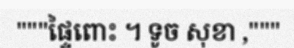
"""ផ្ទៃពោះ ។ ទូច សុខា ,"""